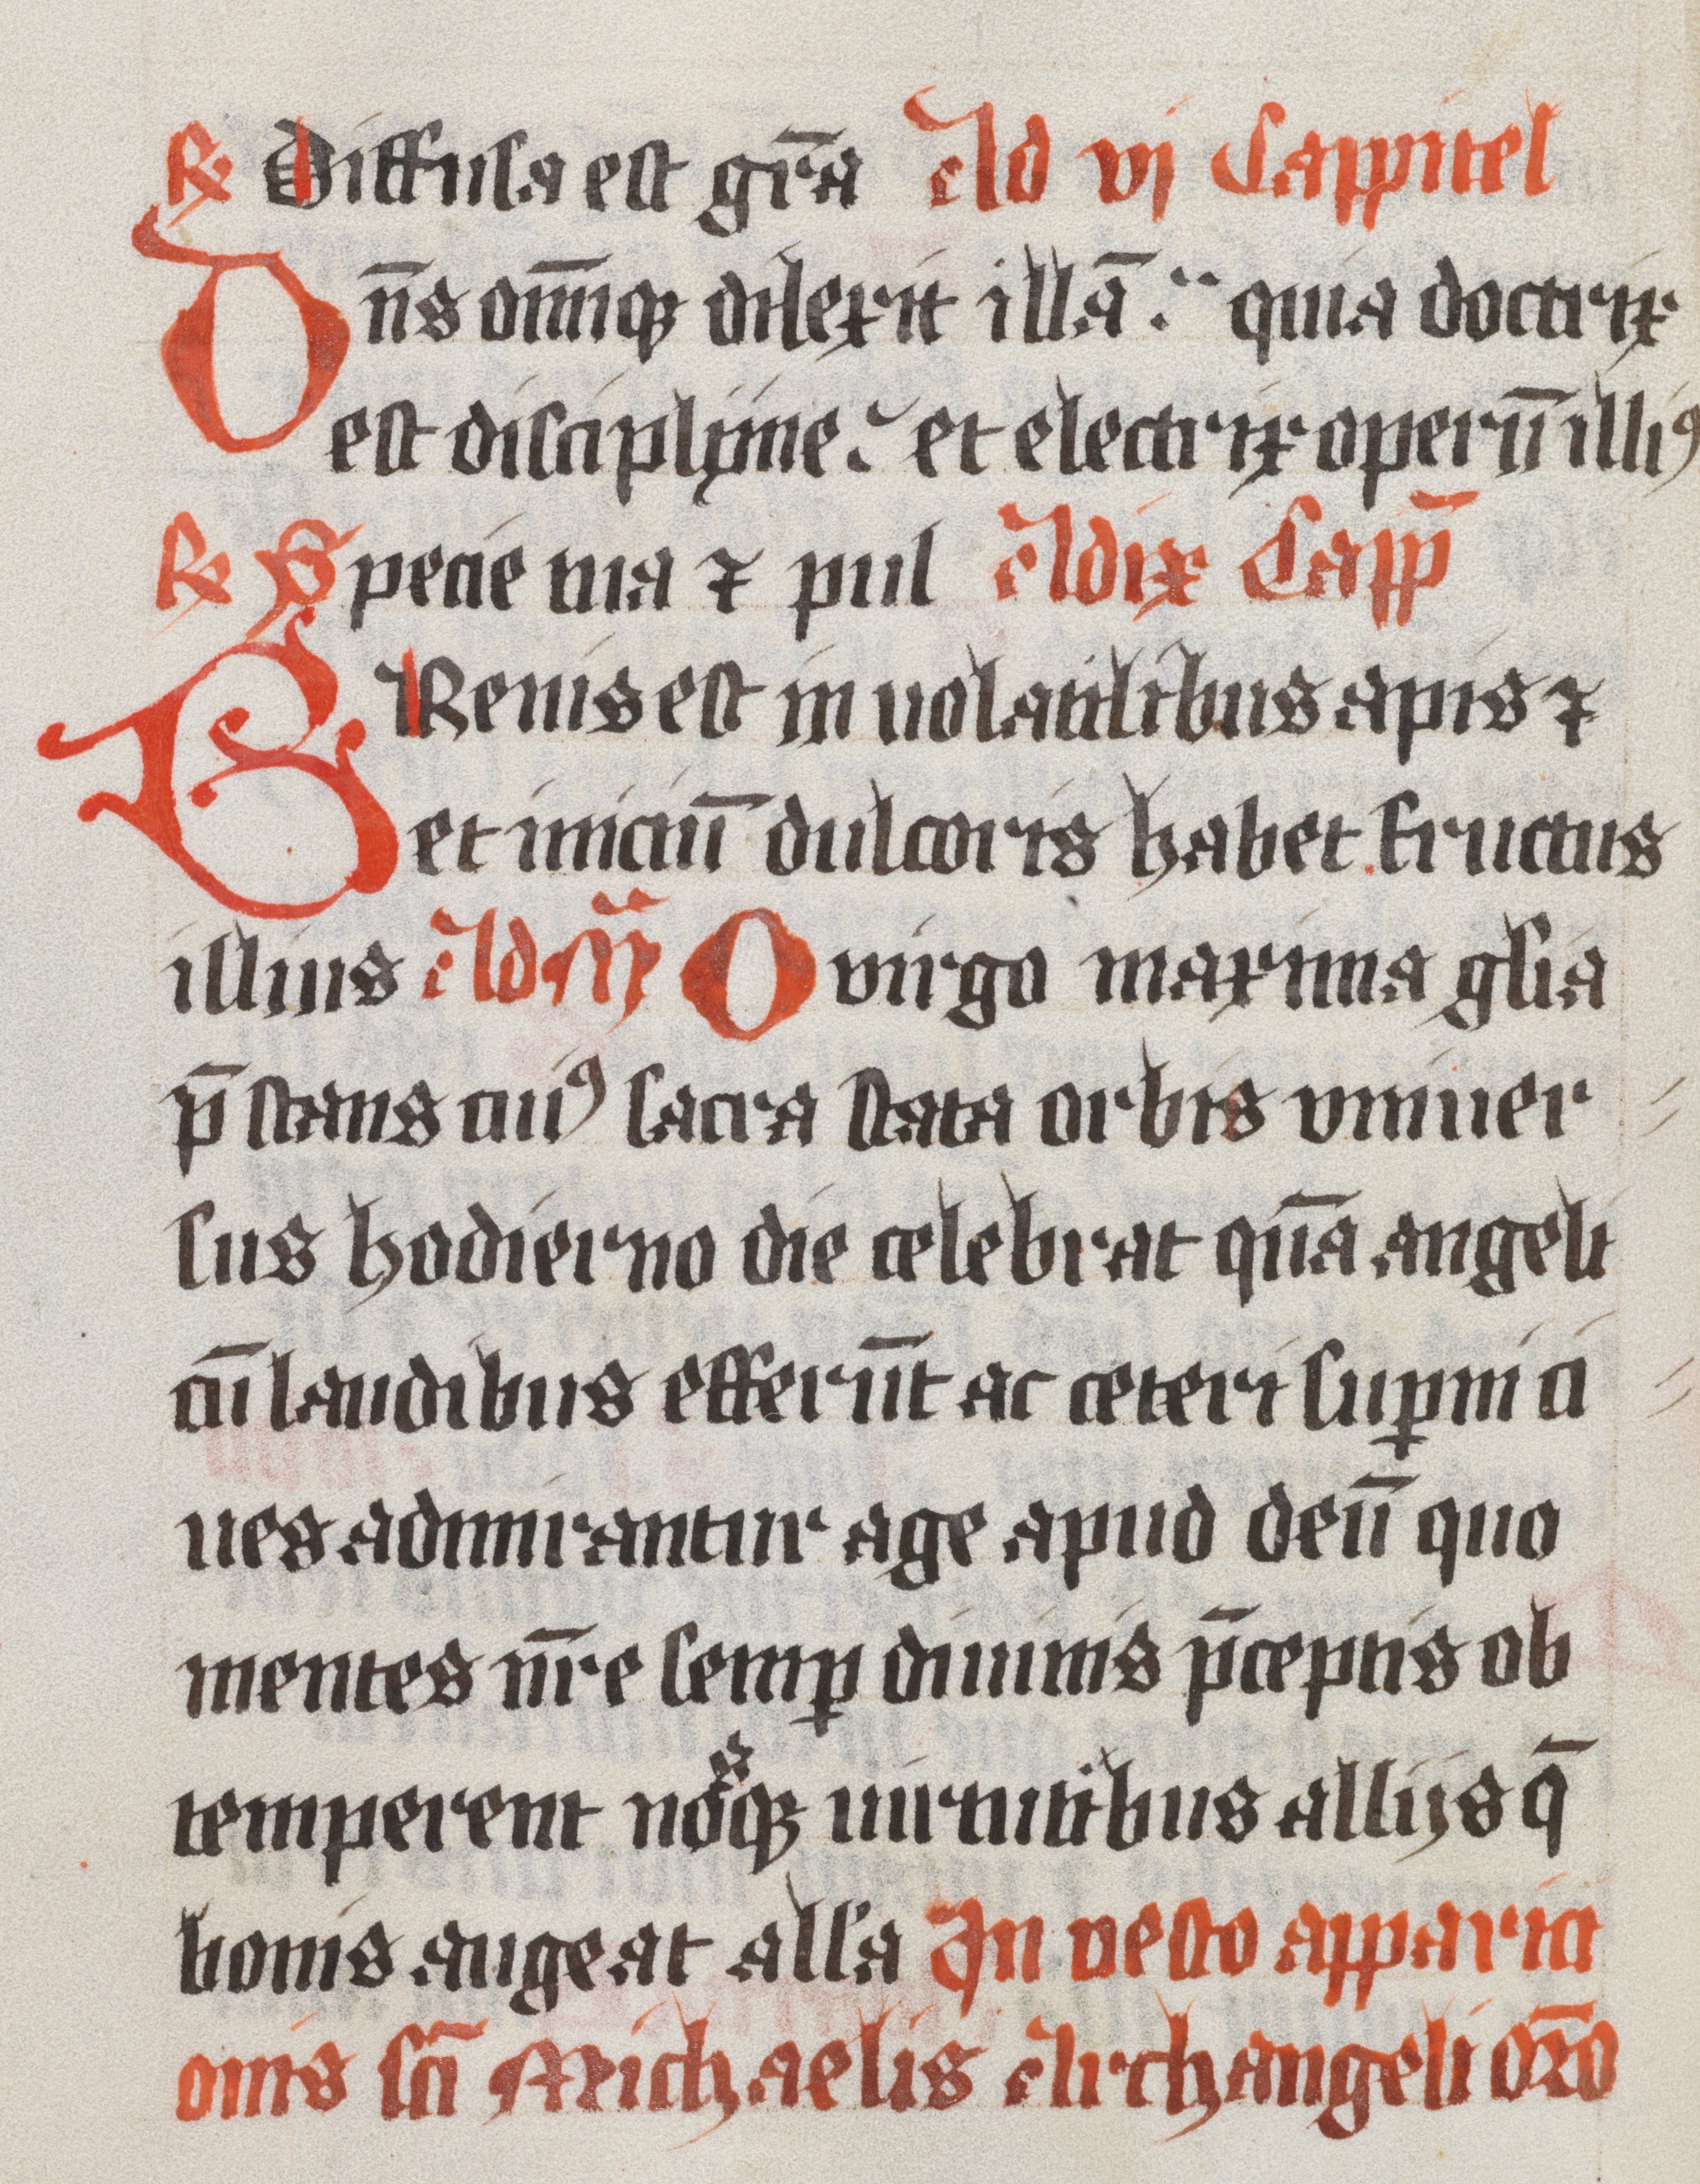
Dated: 1300–1349